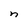
Character: n